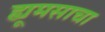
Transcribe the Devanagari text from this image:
ह्यूमसाचा